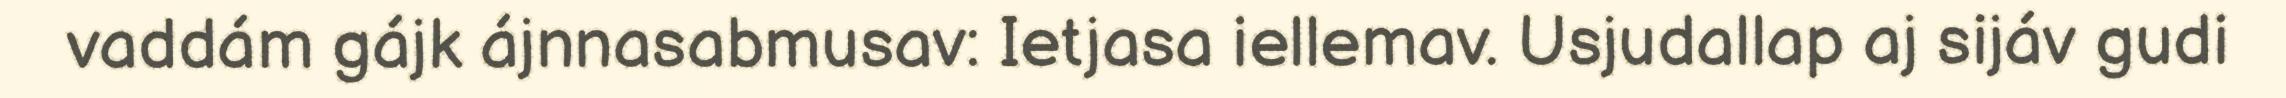
vaddám gájk ájnnasabmusav: Ietjasa iellemav. Usjudallap aj sijáv gudi